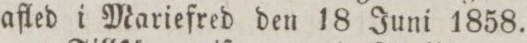
afled i Mariefred den 18 Juni 1858.